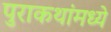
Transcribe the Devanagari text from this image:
पुराकथांमध्ये